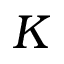
K